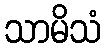
သာမိသံ